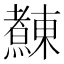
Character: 𰟴